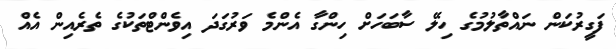
ފަގީރުކަން ނައްތާލުމުގެ ހިލޭ ސާބަހަށް ހިންގާ އެންމެ ވަރުގަދަ އިވެންޓްތަކުގެ ތެރެއިން އެއް